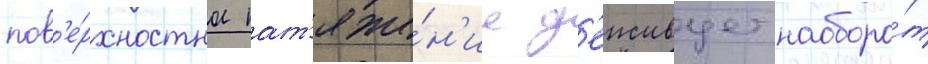
пов'е́рхностное нат'яже́н'ие д'еиствует наоборо́т